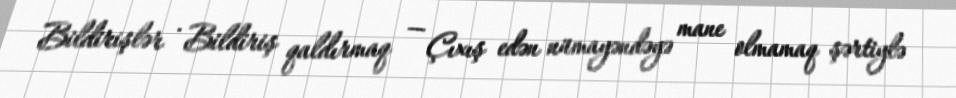
Bildirişlər · Bildiriş qaldırmaq — Çıxış edən nümayəndəyə mane olmamaq şərtiylə